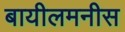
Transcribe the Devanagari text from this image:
बायीलमनीस